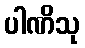
ပါဏိသု